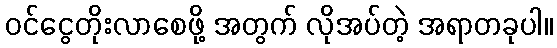
ဝင်ငွေတိုးလာစေဖို့ အတွက် လိုအပ်တဲ့ အရာတခုပါ။